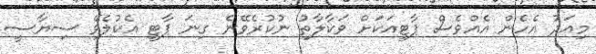
މިއަދު އެހެން އެއްވެސް ޕާޓީއަކަށް ވަކާލާތު ނުކުރެވޭނެ ގިނަ ޕާޓީ އެކުލެވޭ ސިޔާސީ